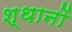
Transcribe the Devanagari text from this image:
श्थानों